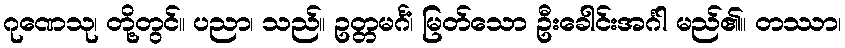
ဂုဏေသု၊ တို့တွင်။ ပညာ၊ သည်။ ဥတ္တမင်္ဂံ၊ မြတ်သော ဦးခေါင်းအင်္ဂါ မည်၏။ တဿာ၊